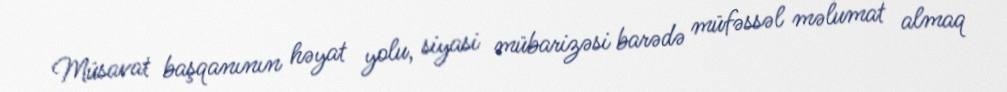
Müsavat başqanının həyat yolu, siyasi mübarizəsi barədə müfəssəl məlumat almaq